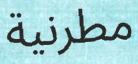
مطرنية